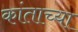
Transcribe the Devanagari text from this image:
कांताच्या